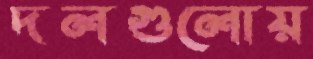
দলগুলোয়